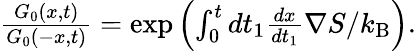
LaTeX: \begin{array}{r}{\frac{G_{0}(x,t)}{G_{0}(-x,t)}=\exp\left(\int_{0}^{t}dt_{1}\frac{dx}{dt_{1}}\nabla S/k_{\mathrm{B}}\right).}\end{array}